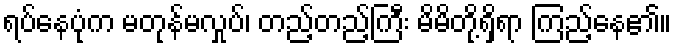
ရပ်နေပုံက မတုန်မလှုပ်၊ တည့်တည့်ကြီး မိမိတို့ရှိရာ ကြည့်နေ၏။